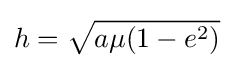
h={\sqrt {a\mu (1-e^{2})}}